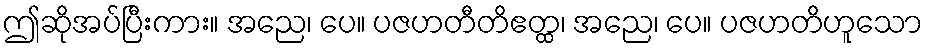
ဤဆိုအပ်ပြီးကား။ အညေ၊ ပေ။ ပဇဟတီတိဧတ္ထ၊ အညေ၊ ပေ။ ပဇဟတိဟူသော